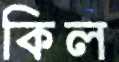
কিল